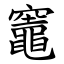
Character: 竈